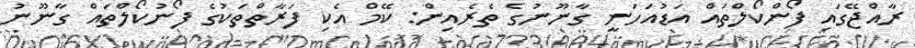
ރާއްޖޭގައި ފޯންކޯލްތައް އަޑުއަހަނީ ގާނޫނުގެ ތެރެއިން: ކޭމް އެކި ފަރާތްތަކުގެ ފޯނުކޯލްތައް ގާނޫނު